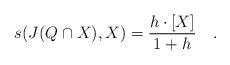
LaTeX: \begin{align*}s(J(Q\cap X), X)=\frac {h\cdot [X]}{1+h}\quad.\end{align*}